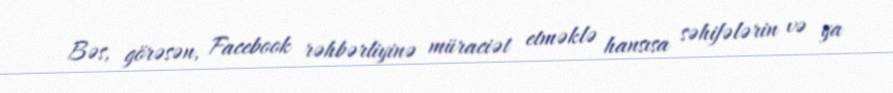
Bəs, görəsən, Facebook rəhbərliyinə müraciət etməklə hansısa səhifələrin və ya